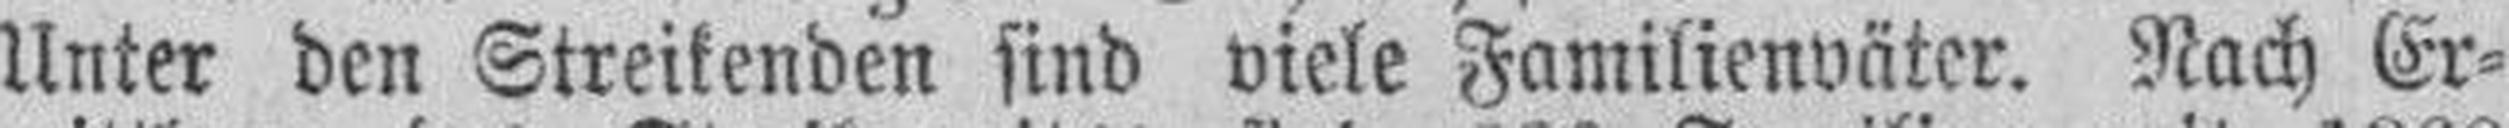
Unter den Streikenden sind viele Familienväter. Nach Er¬